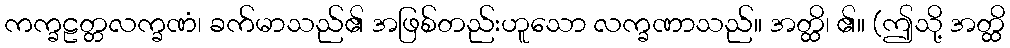
ကက္ခဠတ္တလက္ခဏံ၊ ခက်မာသည်၏ အဖြစ်တည်းဟူသော လက္ခဏာသည်။ အတ္ထိ၊ ၏။ (ဤသို့ အတ္ထိ